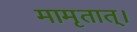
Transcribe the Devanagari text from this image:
मामृतात्‌।